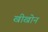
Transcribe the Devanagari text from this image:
खीखोन